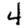
Digit: 4